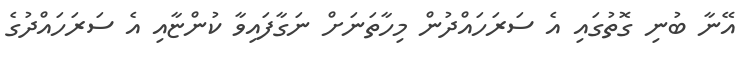
އޭނާ ބުނި ގޮތުގައި އެ ސަރަހައްދުން މިހާތަނަށް ނަގާފައިވާ ކުންޏާއި އެ ސަރަހައްދުގެ